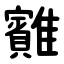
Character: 䨈